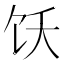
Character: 饫